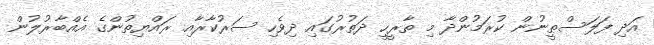
އަދި ފަލަސްޠީނުން ކުރަމުންދާ މި ތާރީހީ ދަތުރުގައި ދިވެހި ސަރުކާރާއި ރައްޔިތުންގެ އެއްބާރުލުން